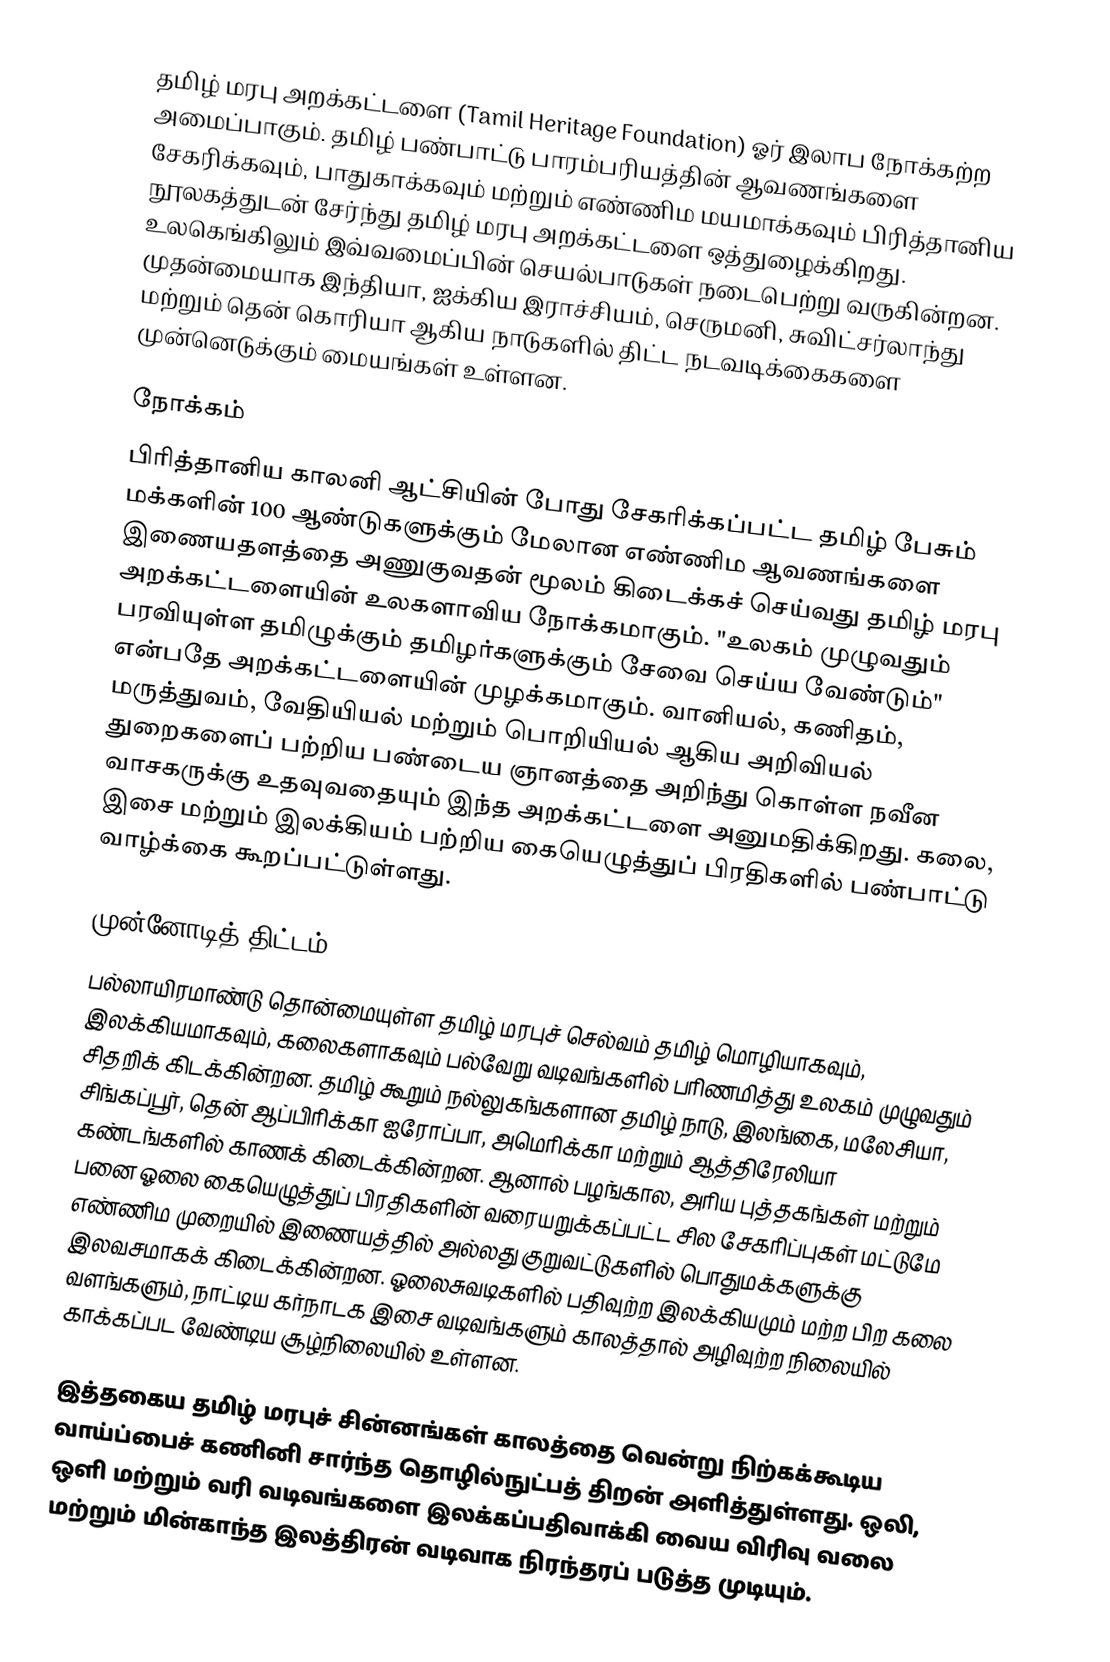
தமிழ் மரபு அறக்கட்டளை (Tamil Heritage Foundation) ஓர் இலாப நோக்கற்ற அமைப்பாகும்.  தமிழ் பண்பாட்டு பாரம்பரியத்தின் ஆவணங்களை சேகரிக்கவும், பாதுகாக்கவும் மற்றும் எண்ணிம  மயமாக்கவும் பிரித்தானிய நூலகத்துடன் சேர்ந்து தமிழ் மரபு அறக்கட்டளை ஒத்துழைக்கிறது. உலகெங்கிலும் இவ்வமைப்பின் செயல்பாடுகள் நடைபெற்று வருகின்றன. முதன்மையாக இந்தியா, ஐக்கிய இராச்சியம், செருமனி, சுவிட்சர்லாந்து மற்றும் தென் கொரியா ஆகிய நாடுகளில்  திட்ட நடவடிக்கைகளை முன்னெடுக்கும் மையங்கள் உள்ளன.

நோக்கம்
பிரித்தானிய காலனி ஆட்சியின் போது சேகரிக்கப்பட்ட தமிழ் பேசும் மக்களின் 100 ஆண்டுகளுக்கும் மேலான எண்ணிம ஆவணங்களை இணையதளத்தை அணுகுவதன் மூலம் கிடைக்கச் செய்வது தமிழ் மரபு அறக்கட்டளையின் உலகளாவிய நோக்கமாகும். "உலகம் முழுவதும் பரவியுள்ள தமிழுக்கும் தமிழர்களுக்கும் சேவை செய்ய வேண்டும்" என்பதே அறக்கட்டளையின் முழக்கமாகும். வானியல், கணிதம், மருத்துவம், வேதியியல் மற்றும் பொறியியல் ஆகிய அறிவியல் துறைகளைப் பற்றிய பண்டைய ஞானத்தை அறிந்து கொள்ள நவீன வாசகருக்கு உதவுவதையும்  இந்த அறக்கட்டளை  அனுமதிக்கிறது. கலை, இசை மற்றும் இலக்கியம் பற்றிய கையெழுத்துப் பிரதிகளில் பண்பாட்டு வாழ்க்கை கூறப்பட்டுள்ளது.

முன்னோடித் திட்டம்
பல்லாயிரமாண்டு தொன்மையுள்ள தமிழ் மரபுச் செல்வம் தமிழ் மொழியாகவும், இலக்கியமாகவும், கலைகளாகவும் பல்வேறு வடிவங்களில் பரிணமித்து உலகம் முழுவதும் சிதறிக் கிடக்கின்றன. தமிழ் கூறும் நல்லுகங்களான தமிழ் நாடு, இலங்கை, மலேசியா, சிங்கப்பூர், தென் ஆப்பிரிக்கா ஐரோப்பா, அமெரிக்கா மற்றும் ஆத்திரேலியா கண்டங்களில் காணக் கிடைக்கின்றன. ஆனால் பழங்கால, அரிய புத்தகங்கள் மற்றும் பனை ஓலை கையெழுத்துப் பிரதிகளின் வரையறுக்கப்பட்ட சில சேகரிப்புகள் மட்டுமே எண்ணிம முறையில் இணையத்தில் அல்லது குறுவட்டுகளில் பொதுமக்களுக்கு இலவசமாகக் கிடைக்கின்றன. ஓலைசுவடிகளில் பதிவுற்ற இலக்கியமும் மற்ற பிற கலை வளங்களும், நாட்டிய கர்நாடக இசை வடிவங்களும் காலத்தால் அழிவுற்ற நிலையில் காக்கப்பட வேண்டிய சூழ்நிலையில் உள்ளன.

இத்தகைய தமிழ் மரபுச் சின்னங்கள் காலத்தை வென்று நிற்கக்கூடிய வாய்ப்பைச் கணினி சார்ந்த தொழில்நுட்பத் திறன் அளித்துள்ளது. ஒலி, ஒளி மற்றும் வரி வடிவங்களை இலக்கப்பதிவாக்கி வைய விரிவு வலை மற்றும் மின்காந்த இலத்திரன் வடிவாக நிரந்தரப் படுத்த முடியும்.